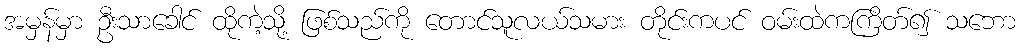
အမှန်မှာ ဦးသာခေါင် ထိုကဲ့သို့ ဖြစ်သည်ကို တောင်သူလယ်သမား တိုင်းကပင် ဝမ်းထဲကကြိတ်၍ သဘော